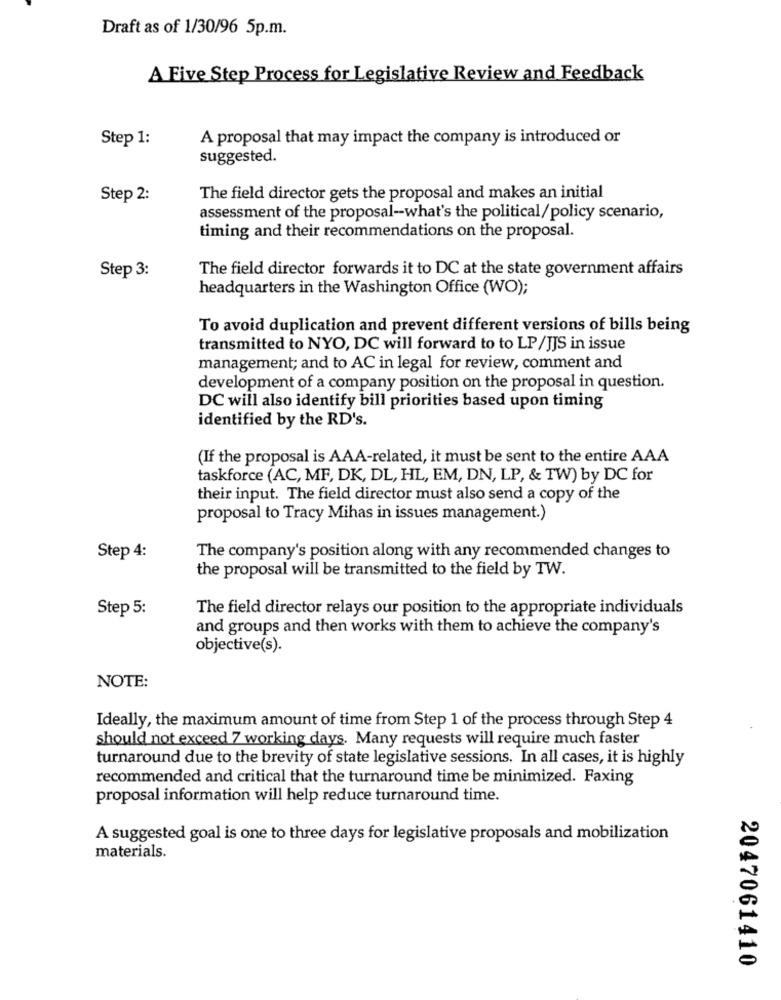
Draft as of 1/30/96 5p.m.
A Five Step Process for Legislative Review and Feedback
Step 1:
A proposal that may impact the company is introduced or
suggested.
Step 2:
The field director gets the proposal and makes an initial
assessment of the proposal-what's the political/policy scenario,
timing and their recommendations on the proposal.
Step 3:
The field director forwards it to DC at the state government affairs
headquarters in the Washington Office (WO);
To avoid duplication and prevent different versions of bills being
transmitted to NYO, DC will forward to to LP/JJS in issue
management; and to AC in legal for review, comment and
development of a company position on the proposal in question.
DC will also identify bill priorities based upon timing
identified by the RD's.
(If the proposal is AAA-related, it must be sent to the entire AAA
taskforce (AC, MF, DK, DL, HL, EM, DN, LP, & TW) by DC for
their input. The field director must also send a copy of the
proposal to Tracy Mihas in issues management.)
Step 4:
The company's position along with any recommended changes to
the proposal will be transmitted to the field by TW.
Step 5:
The field director relays our position to the appropriate individuals
and groups and then works with them to achieve the company's
objective(s).
NOTE:
Ideally, the maximum amount of time from Step 1 of the process through Step 4
should not exceed 7 working days. Many requests will require much faster
turnaround due to the brevity of state legislative sessions. In all cases, it is highly
recommended and critical that the turnaround time be minimized. Faxing
proposal information will help reduce turnaround time.
A suggested goal is one to three days for legislative proposals and mobilization
materials.
2047061410